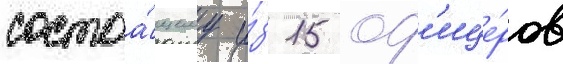
состоа́щему и́з 15 оф'ице́ров